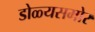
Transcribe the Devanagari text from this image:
डोळ्यसमोर